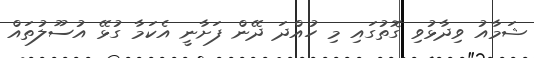
ޝަމާއު ވިދާޅުވި ގޮތުގައި މި ހުއްދަ ދޭން ފަށާނީ އެކަމާ ގުޅޭ އުސޫލުތައް